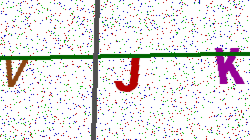
Text: VJK